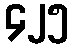
၄၂၅